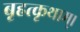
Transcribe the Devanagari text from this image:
बृहत्कृथाम्।